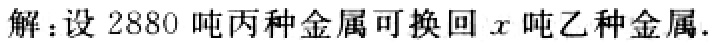
解：设$2880$吨丙种金属可换回$x$吨乙种金属.